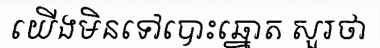
យើងមិនទៅបោះឆ្នោត សួរថា